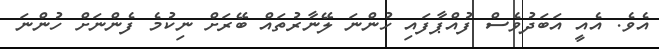
އެވެ. އެއީ އަބަދުވެސް ފުއްޕާފައި ހުންނަ ލޭނާރުތައް ބޭރަށް ނިކުމެ ފެންނަށް ހުންނަ